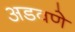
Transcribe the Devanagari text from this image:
अडवणे